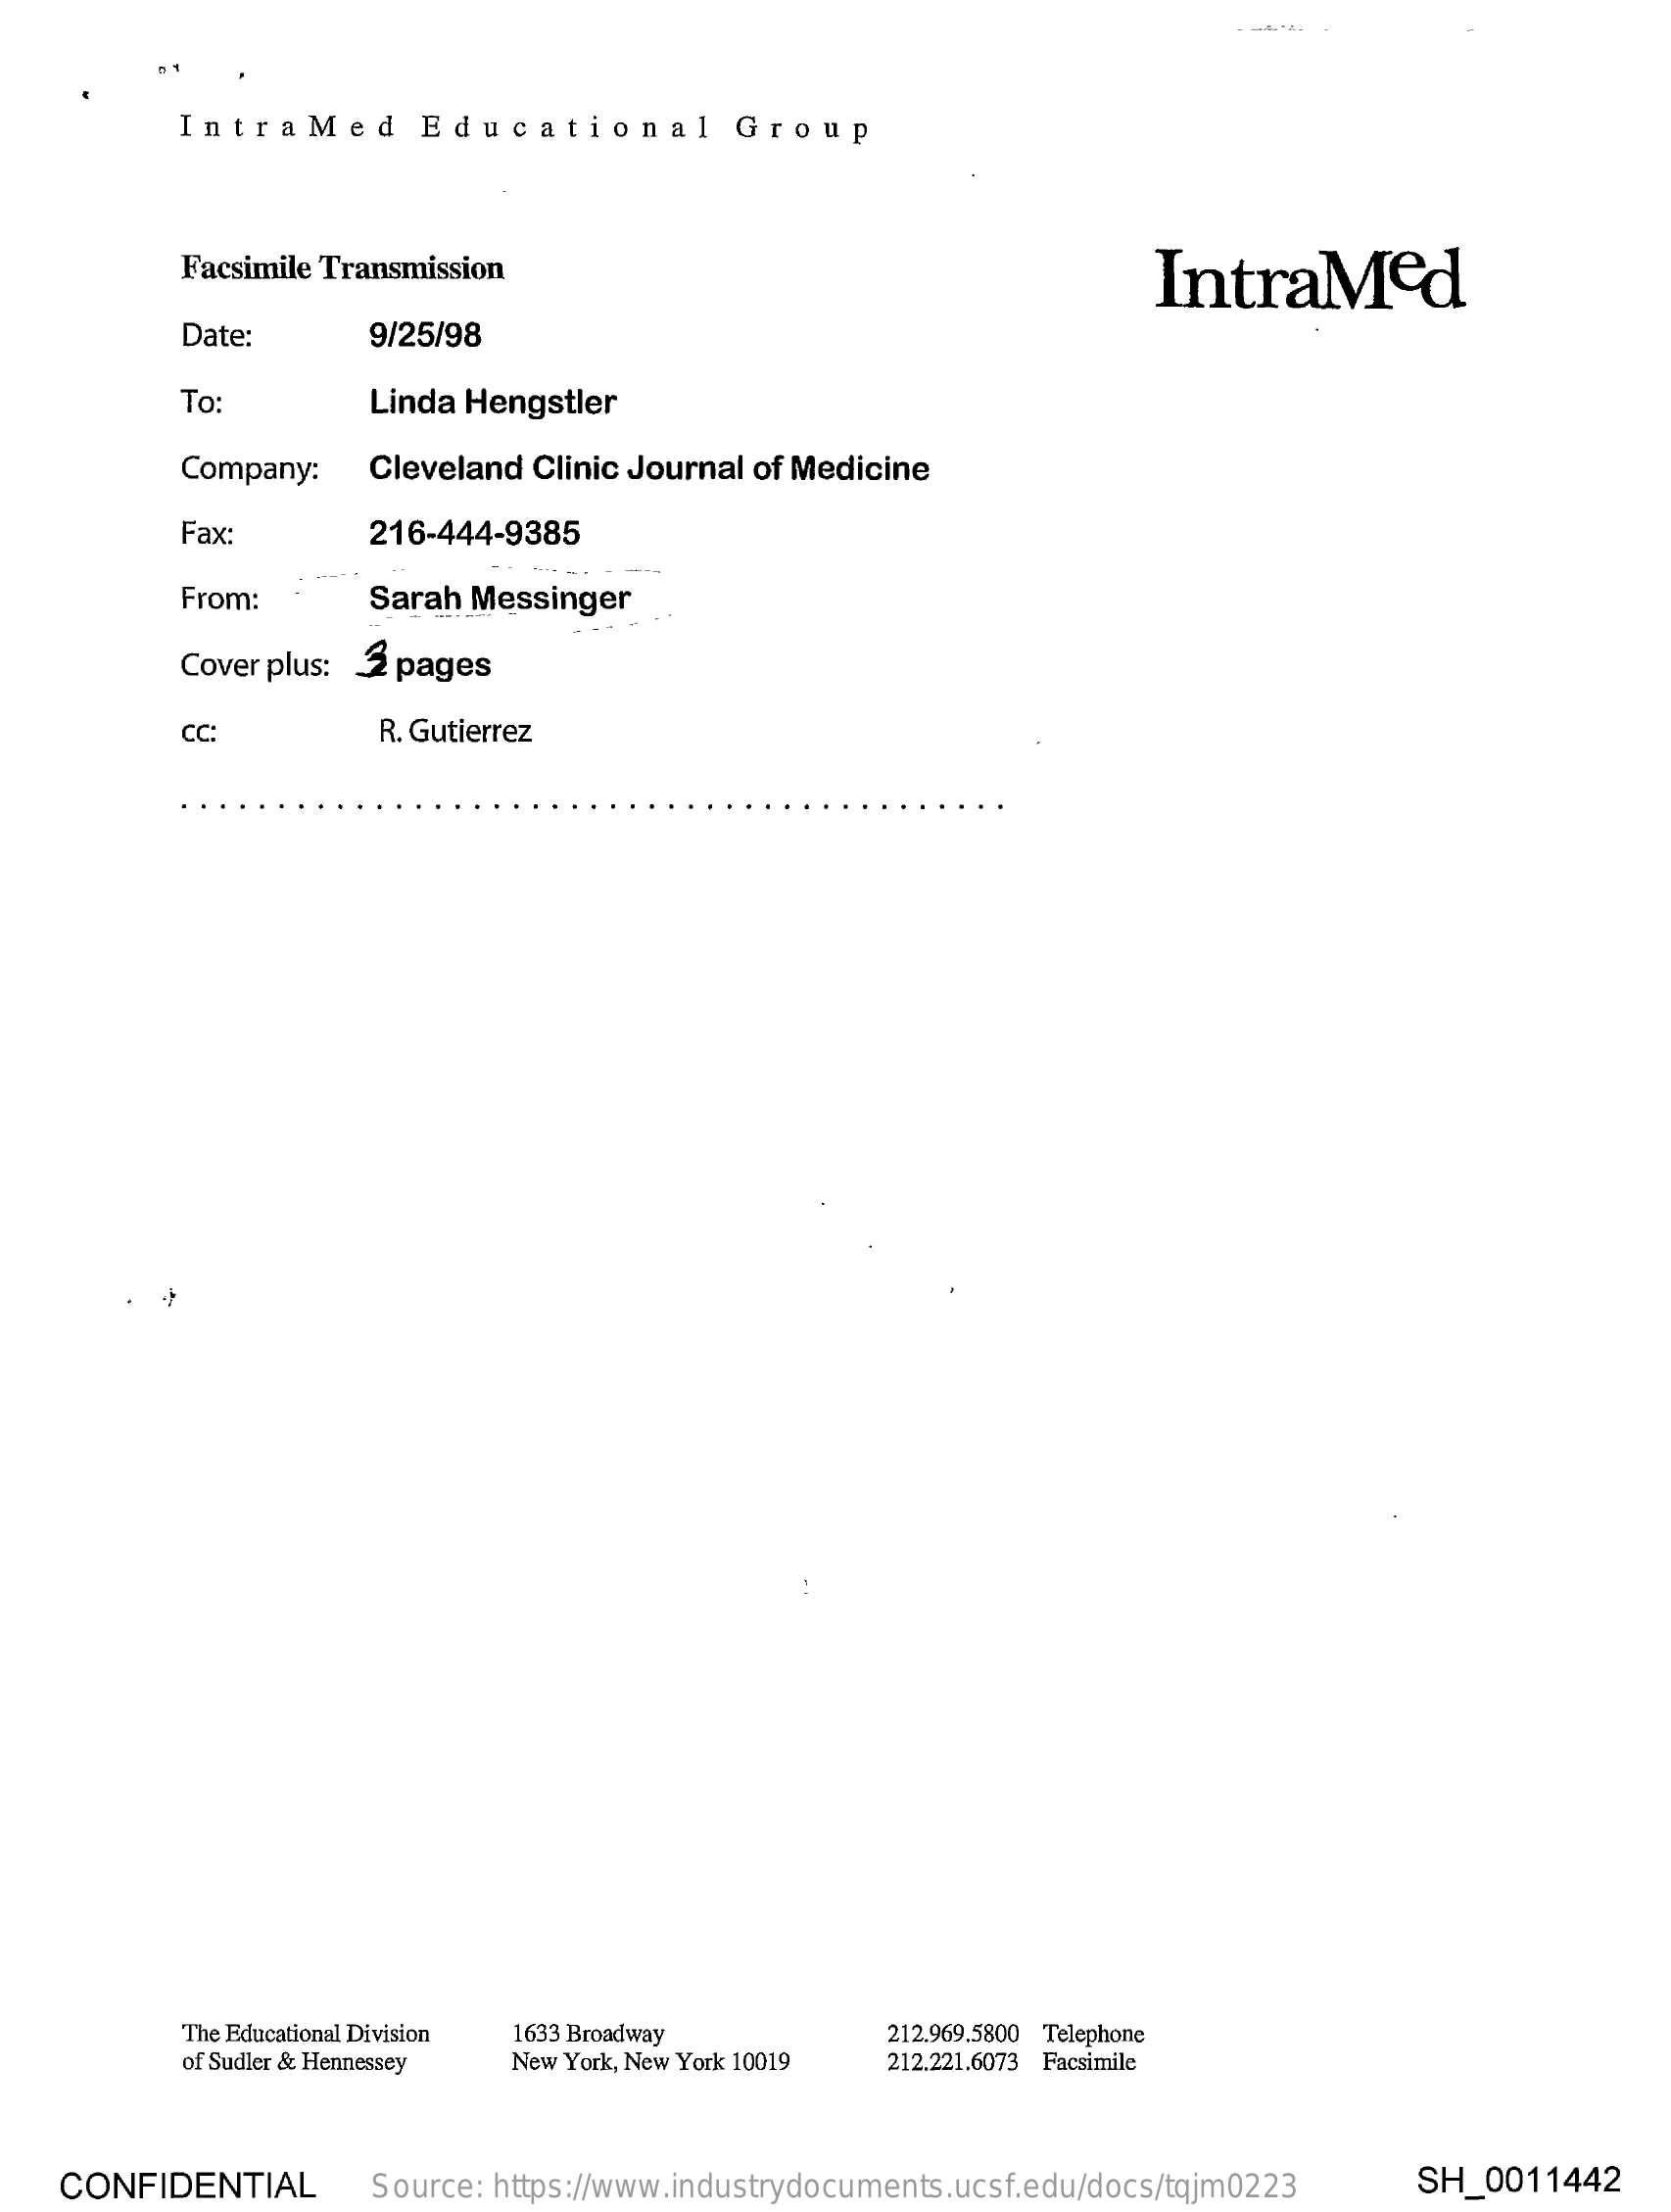
IntraMed    Educational    Group
     Facsimile Transmission    IntraMed
     Date:    9/25/98
     To:    Linda Hengstler
     Company: Cleveland Clinic Journal of Medicine
     Fax:    216-444-9385
     From:    Sarah Messinger
     Cover plus: 2 pages
     CC:    R. Gutierrez
     The Educational Division 1633 Broadway 212.969.5800 Telephone
     of Sudler & Hennessey New York, New York 10019 212.221.6073 Facsimile
   CONFIDENTIAL    Source: https://www.industrydocuments.ucsf.edu/docs/tqjm0223 SH_0011442